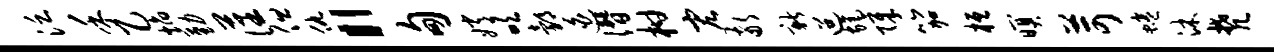
泛禾乙焰勤藩但仇“甸嫦吹邰迫僭柑宏敬新迢旄障笳桓暝苛蜷沐梵